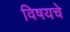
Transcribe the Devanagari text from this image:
विषयचे